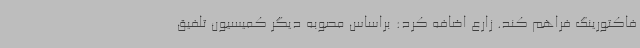
فاکتورینگ فراهم کند. زارع اضافه کرد: براساس مصوبه دیگر کمیسیون تلفیق